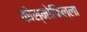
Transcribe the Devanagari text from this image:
कोस्मोफिल्ला